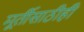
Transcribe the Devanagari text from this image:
मूर्तीसाठीही